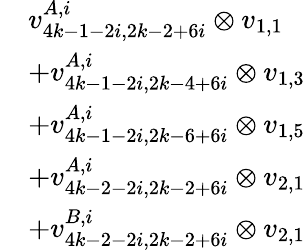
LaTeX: \begin{array}{rl}&{v_{4k-1-2i,2k-2+6i}^{A,i}\otimes v_{1,1}}\\ &{+v_{4k-1-2i,2k-4+6i}^{A,i}\otimes v_{1,3}}\\ &{+v_{4k-1-2i,2k-6+6i}^{A,i}\otimes v_{1,5}}\\ &{+v_{4k-2-2i,2k-2+6i}^{A,i}\otimes v_{2,1}}\\ &{+v_{4k-2-2i,2k-2+6i}^{B,i}\otimes v_{2,1}}\end{array}